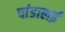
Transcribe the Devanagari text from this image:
पांडालई